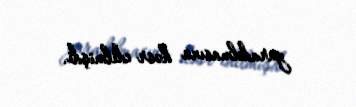
yaradılmasına həsr edilmişdi.